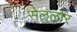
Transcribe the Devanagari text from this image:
सेलुलार